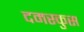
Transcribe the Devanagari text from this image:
दमस्कुस